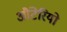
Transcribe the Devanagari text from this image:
औंटेरियो